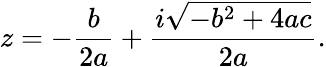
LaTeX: z=-{\frac{b}{2a}}+{\frac{i{\sqrt{-b^{2}+4ac}}}{2a}}.